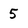
Character: 5